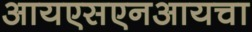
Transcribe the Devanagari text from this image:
आयएसएनआयचा